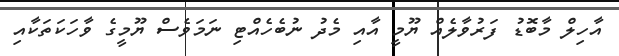
އާހިލް މާބޮޑު ފަރުވާލެއް ޔޫމީ އާއި މެދު ނުބެހެއްޓި ނަމަވެސް ޔޫމީގެ ވާހަކަތަކާއި